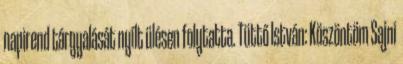
napirend tárgyalását nyílt ülésen folytatta. Tüttő István: Köszöntöm Sajni